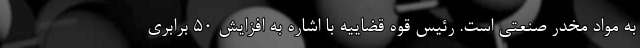
به مواد مخدر صنعتی است. رئیس قوه قضاییه با اشاره به افزایش ۵۰ برابری